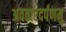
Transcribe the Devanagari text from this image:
अवतारदर्पणमु